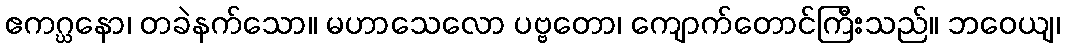
ဧကဂ္ဃနော၊ တခဲနက်သော။ မဟာသေလော ပဗ္ဗတော၊ ကျောက်တောင်ကြီးသည်။ ဘဝေယျ၊